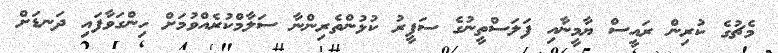
މެޗުގެ ކުރިން ރައީސް ޔާމީނާއި ފަލަސްތީނުގެ ސަފީރު ކުޅުންތެރިންނާ ސަލާމްކުރެއްވުމަށް ހިންގަވާފައި ދަނޑަށް